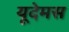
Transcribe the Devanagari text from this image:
यूदेमस